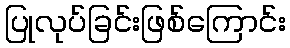
ပြုလုပ်ခြင်းဖြစ်ကြောင်း